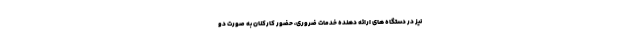
نیز در دستگاه های ارائه دهنده خدمات ضروری، حضور کارکنان به صورت دو